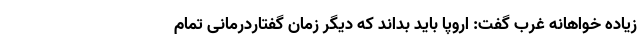
زیاده خواهانه غرب گفت: اروپا باید بداند که دیگر زمان گفتاردرمانی تمام